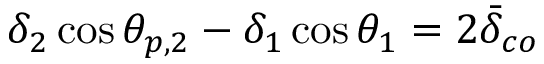
\delta _ { 2 } \cos \theta _ { p , 2 } - \delta _ { 1 } \cos \theta _ { 1 } = 2 \bar { \delta } _ { c o }